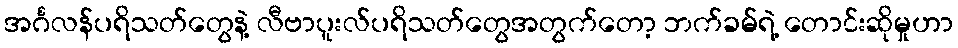
အင်္ဂလန်ပရိသတ်တွေနဲ့ လီဗာပူးလ်ပရိသတ်တွေအတွက်တော့ ဘက်ခမ်ရဲ့ တောင်းဆိုမှုဟာ